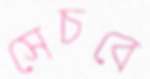
সেচবে